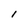
Character: I